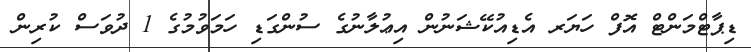
ޑިޕާޓްމަންޓް އޮފް ހަޔަރ އެޑިއުކޭޝަނުން އިޢުލާނުގެ ސުންގަޑި ހަމަވުމުގެ 1 ދުވަސް ކުރިން